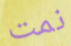
نمت